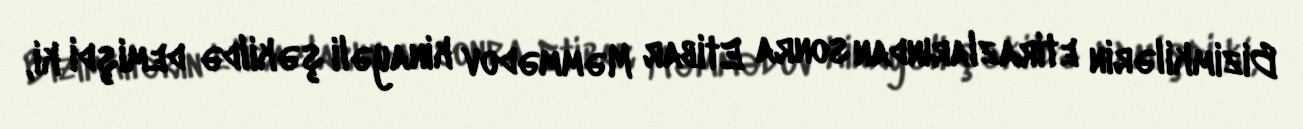
Bizimkilərin etirazlarından sonra Etibar Məmmədov kinayəli şəkildə demişdi ki,